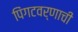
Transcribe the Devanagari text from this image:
पिंगटवर्णाची